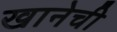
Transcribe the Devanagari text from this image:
खानेची